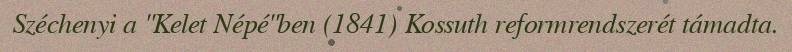
Széchenyi a "Kelet Népé"ben (1841) Kossuth reformrendszerét támadta.